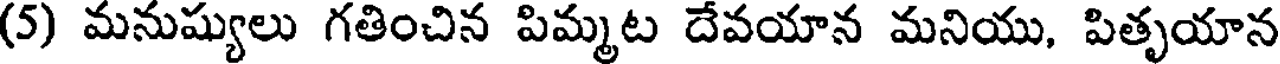
(5) మనుష్యులు గతించిన పిమ్మట దేవయాన మనియు, పితృయాన